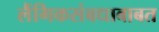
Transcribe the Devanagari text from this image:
लैंगिकसंबधाबाबत